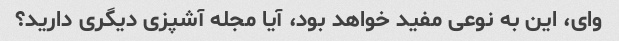
وای، این به نوعی مفید خواهد بود، آیا مجله آشپزی دیگری دارید؟